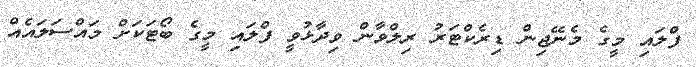
ފްލައި މީގެ މެނޭޖިން ޑިރެކްޓަރު ރިލްވާން ވިދާޅުވީ ފްލައި މީގެ ބޯޓަކަށް މައްސަލައެއް